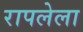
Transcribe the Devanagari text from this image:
रापलेला